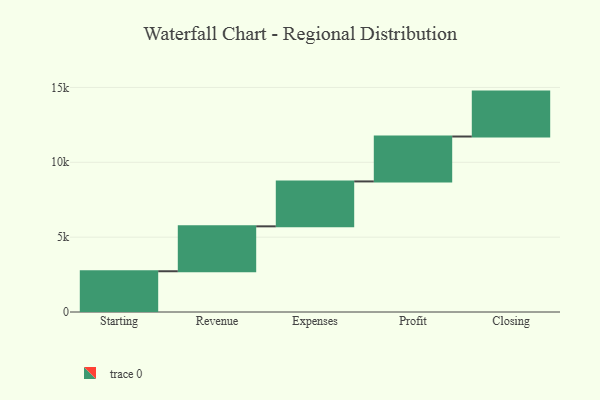
{"axis": {"x": "Step", "y": "Value"}, "legend": [""], "data": [{"x": "Starting", "y": 2722.0, "type": ""}, {"x": "Revenue", "y": 3000, "type": ""}, {"x": "Expenses", "y": 3000, "type": ""}, {"x": "Profit", "y": 3000, "type": ""}, {"x": "Closing", "y": 3000, "type": ""}]}